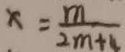
x = \frac { m } { 2 m + 4 }